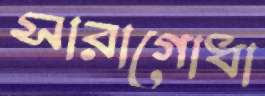
সারাগোধা